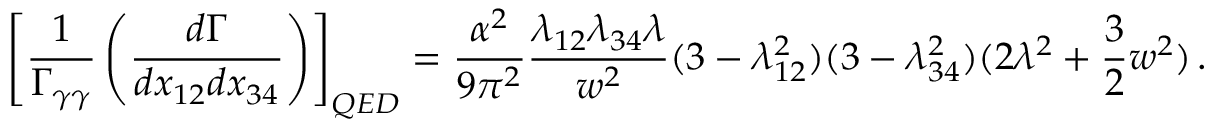
\left[ \frac { 1 } { \Gamma _ { \gamma \gamma } } \left( \frac { d \Gamma } { d x _ { 1 2 } d x _ { 3 4 } } \right) \right] _ { Q E D } = \frac { \alpha ^ { 2 } } { 9 \pi ^ { 2 } } \frac { \lambda _ { 1 2 } \lambda _ { 3 4 } \lambda } { w ^ { 2 } } ( 3 - \lambda _ { 1 2 } ^ { 2 } ) ( 3 - \lambda _ { 3 4 } ^ { 2 } ) ( 2 \lambda ^ { 2 } + \frac { 3 } { 2 } w ^ { 2 } ) \, .